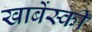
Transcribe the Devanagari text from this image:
खाबेंस्की